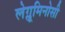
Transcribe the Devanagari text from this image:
लेग्लूमिनोसी